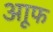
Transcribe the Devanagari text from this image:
आूफ